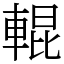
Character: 輥